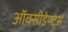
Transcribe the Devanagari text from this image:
ऑक्सीडेण्ट्स